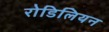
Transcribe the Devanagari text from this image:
रोडिलियन